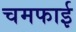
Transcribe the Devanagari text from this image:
चमफाई